Vaccination North-Western Provinces and Oudh 1896-1901 - 1896-1901
Year: 1896
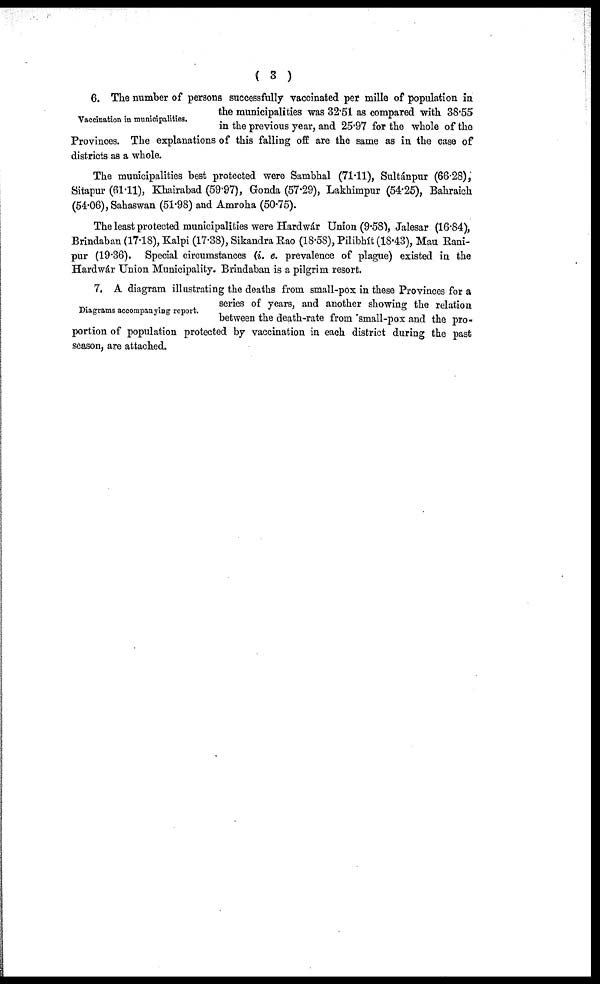
( 3 )
Vaccination in municipalities.
6. The number of persons successfully vaccinated per mille of population in
the municipalities was 32.51 as compared with 38.55
in the previous year, and 25.97 for the whole of the
Provinces. The explanations of this falling off are the same as in the case of
districts as a whole.
The municipalities best protected were Sambhal (71.11), Sultánpur (66.28),
Sitapur (61.11), Khairabad (59.97), Gonda (57.29), Lakhimpur (54.25), Bahraich
(54.06), Sahaswan (51.98) and Amroha (50.75).
The least protected municipalities were Hardwár Union (9.58), Jalesar (16.84),
Brindaban (17.18), Kalpi (17.38), Sikandra Rao (18.58), Pilibhít (18.43), Mau Rani-
pur (19.36). Special circumstances (i. e. prevalence of plague) existed in the
Hardwár Union Municipality. Brindaban is a pilgrim resort.
Diagrams accompanying report.
7. A diagram illustrating the deaths from small-pox in these Provinces for a
series of years, and another showing the relation
between the death-rate from small-pox and the pro-
portion of population protected by vaccination in each district during the past
season, are attached.